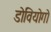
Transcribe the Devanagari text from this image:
डोवियोगो